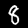
Digit: 8